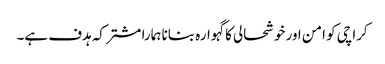
کراچی کو امن اور خوشحالی کا گہوارہ بنانا ہمارا مشترکہ ہدف ہے۔